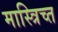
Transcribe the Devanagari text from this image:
मास्त्रिच्त